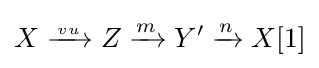
X\xrightarrow {{} \atop vu} Z\xrightarrow {m} Y'\xrightarrow {n} X[1]